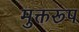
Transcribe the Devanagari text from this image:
मुक्तरूप